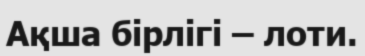
Ақша бірлігі – лоти.